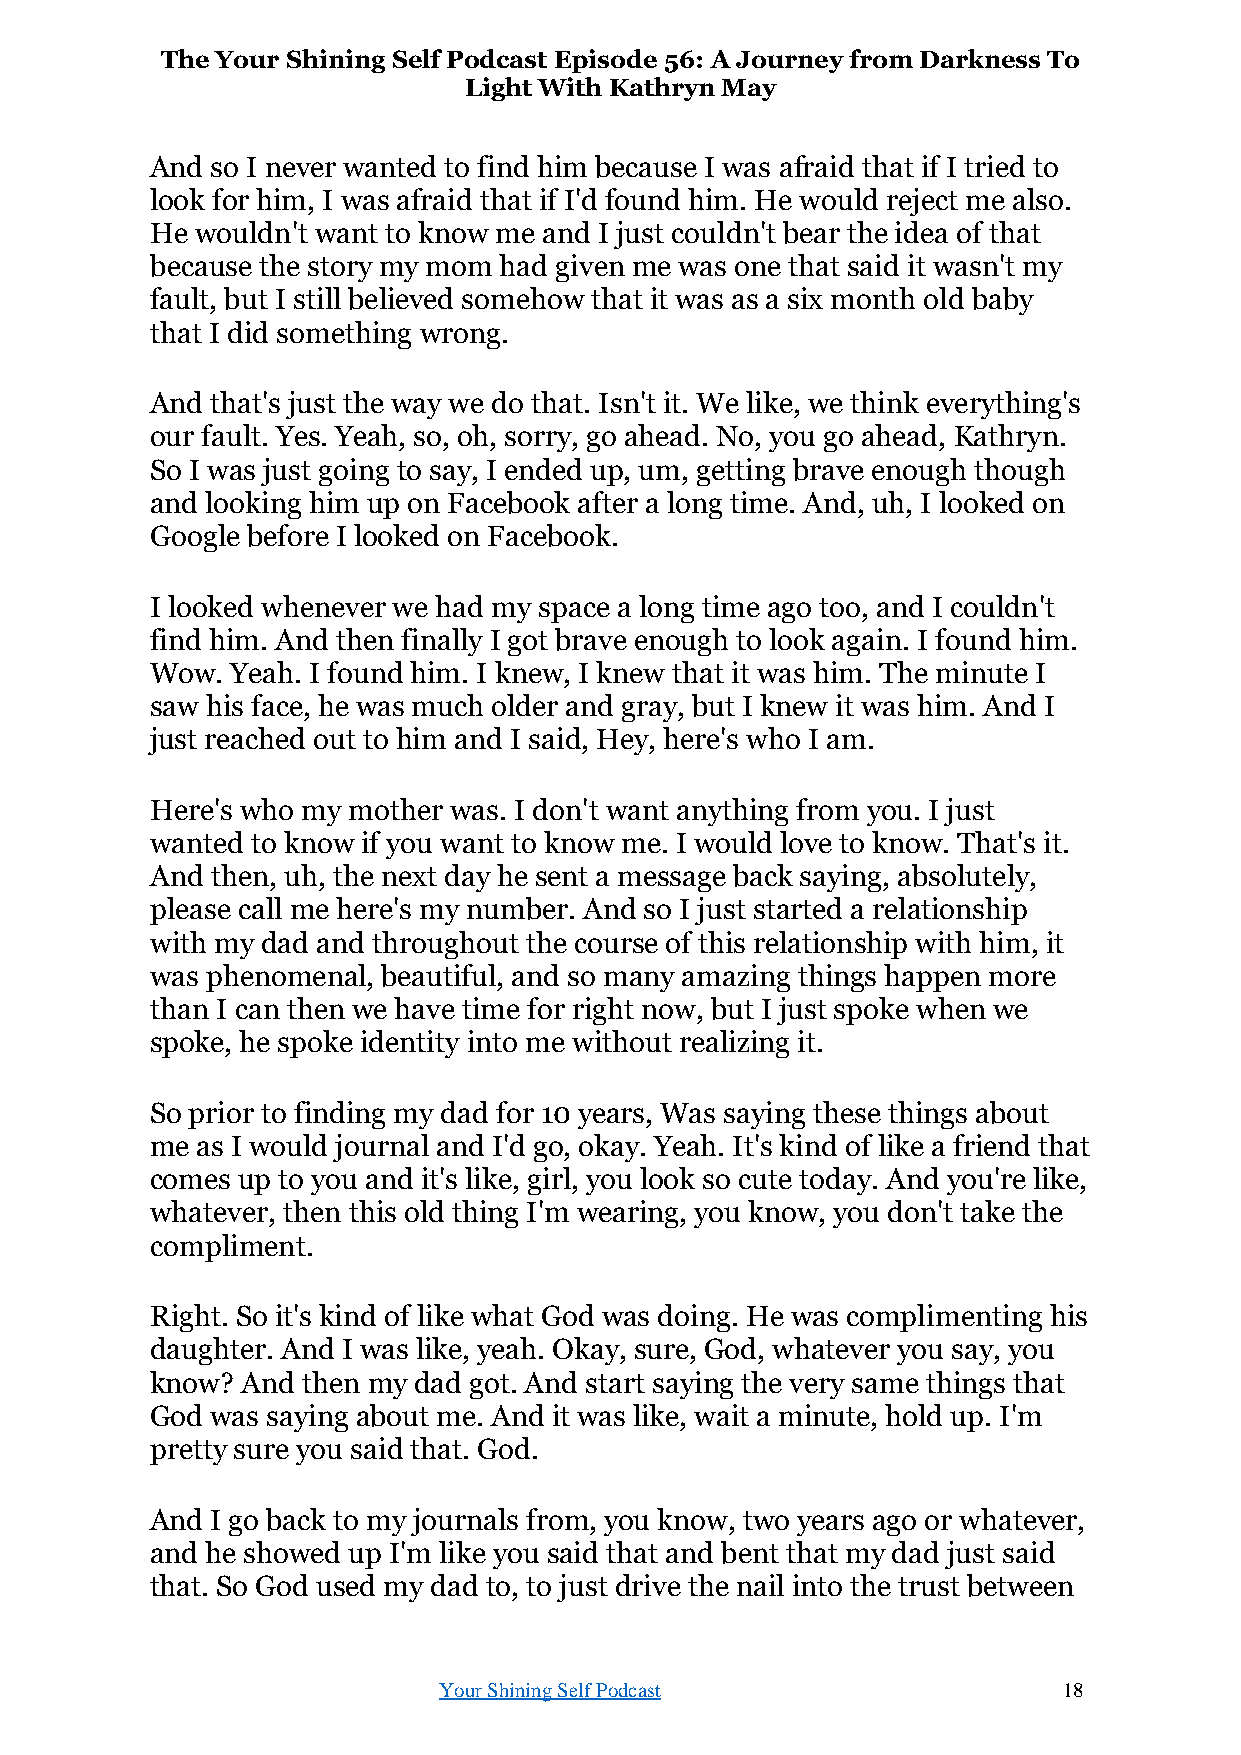
The Your Shining Self Podcast Episode 56: A Journey from Darkness To
 Light With Kathryn May
 And so I never wanted to find him because I was afraid that if I tried to
 look for him, I was afraid that if I'd found him. He would reject me also.
 He wouldn't want to know me and I just couldn't bear the idea of that
 because the story my mom had given me was one that said it wasn't my
 fault, but I still believed somehow that it was as a six month old baby
 that I did something wrong.
 And that's just the way we do that. Isn't it. We like, we think everything's
 our fault. Yes. Yeah, so, oh, sorry, go ahead. No, you go ahead, Kathryn.
 So I was just going to say, I ended up, um, getting brave enough though
 and looking him up on Facebook after a long time. And, uh, I looked on
 Google before I looked on Facebook.
 I looked whenever we had my space a long time ago too, and I couldn't
 find him. And then finally I got brave enough to look again. I found him.
 Wow. Yeah. I found him. I knew, I knew that it was him. The minute I
 saw his face, he was much older and gray, but I knew it was him. And I
 just reached out to him and I said, Hey, here's who I am.
 Here's who my mother was. I don't want anything from you. I just
 wanted to know if you want to know me. I would love to know. That's it.
 And then, uh, the next day he sent a message back saying, absolutely,
 please call me here's my number. And so I just started a relationship
 with my dad and throughout the course of this relationship with him, it
 was phenomenal, beautiful, and so many amazing things happen more
 than I can then we have time for right now, but I just spoke when we
 spoke, he spoke identity into me without realizing it.
 So prior to finding my dad for 10 years, Was saying these things about
 me as I would journal and I'd go, okay. Yeah. It's kind of like a friend that
 comes up to you and it's like, girl, you look so cute today. And you're like,
 whatever, then this old thing I'm wearing, you know, you don't take the
 compliment.
 Right. So it's kind of like what God was doing. He was complimenting his
 daughter. And I was like, yeah. Okay, sure, God, whatever you say, you
 know? And then my dad got. And start saying the very same things that
 God was saying about me. And it was like, wait a minute, hold up. I'm
 pretty sure you said that. God.
 And I go back to my journals from, you know, two years ago or whatever,
 and he showed up I'm like you said that and bent that my dad just said
 that. So God used my dad to, to just drive the nail into the trust between
 Your Shining Self Podcast                18